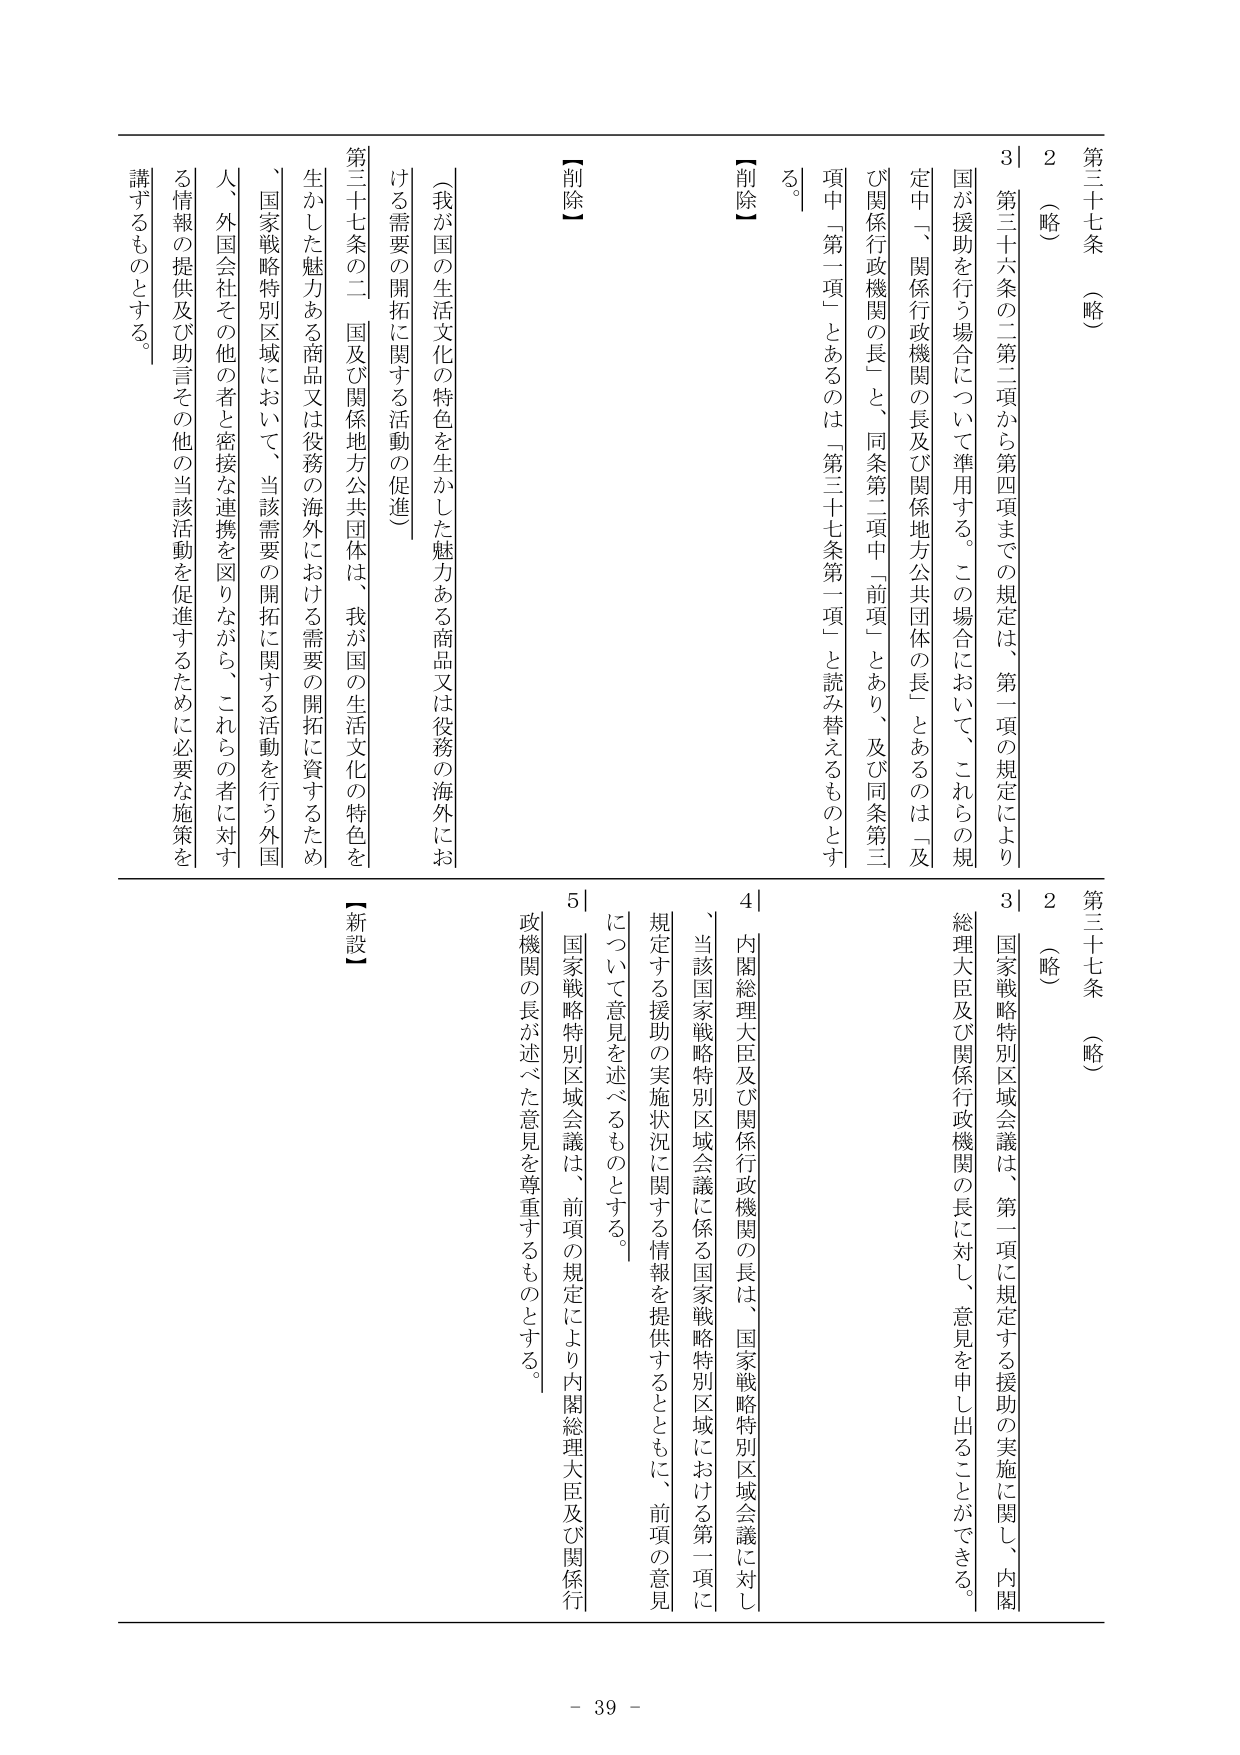
第三十七条（略）

2（略）

3 第三十六条の二第二項から第四項までの規定は、第一項の規定により国が援助を行う場合について準用する。この場合において、これらの規定中「関係行政機関の長及び関係地方公共団体の長」とあるのは「及び関係行政機関の長」と、同条第二項中「前項」とあり、及び同条第三項中「第一項」とあるのは「第三十七条第一項」と読み替えるものとする。

【削除】

第三十七条の二 国及び関係地方公共団体は、我が国の生活文化の特色を生かした魅力ある商品又は役務の海外における需要の開拓に資するため、国家戦略特別区域において、当該需要の開拓に関する活動を行う外国人、外国会社その他の者と密接な連携を図りながら、これらの者に対する情報の提供及び助言その他の当該活動を促進するために必要な施策を講ずるものとする。

【削除】

第三十七条（略）

2（略）

3 国家戦略特別区域会議は、第二項に規定する援助の実施に関して、内閣総理大臣及び関係行政機関の長に対し、意見を申し出ることができる。

4 内閣総理大臣及び関係行政機関の長は、国家戦略特別区域会議に対し、当該国家戦略特別区域会議に係る国家戦略特別区域における第一項に規定する援助の実施状況に関する情報を提供するとともに、前項の意見について意見を述べるものとする。

5 国家戦略特別区域会議は、前項の規定により内閣総理大臣及び関係行政機関の長が述べた意見を尊重するものとする。

【新設】

- 39 -